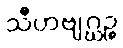
သီဟဗျဂ္ဃဉ္စ